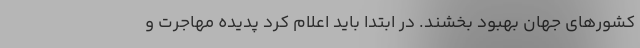
کشورهای جهان بهبود بخشند. در ابتدا باید اعلام کرد پدیده مهاجرت و